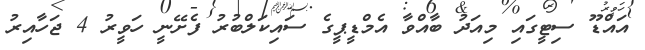
އައްޑޫ ސިޓީގައި މިއަދު ބާއްވާ އެމްޑީޕީގެ ސައިކަލްބުރު ފެށޭނީ ހަވީރު 4 ޖަހާއިރު